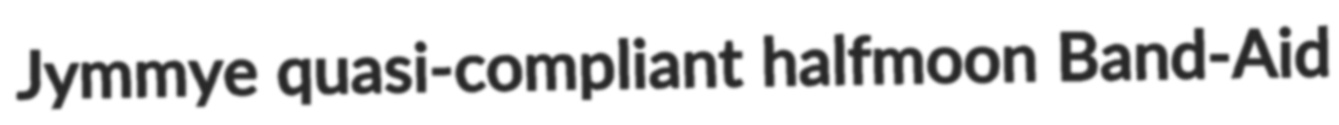
Jymmye quasi-compliant halfmoon Band-Aid